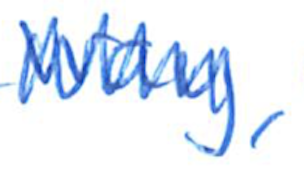
Text: Way,
Cross-out: zig-zag
Writing tool: ballpoint